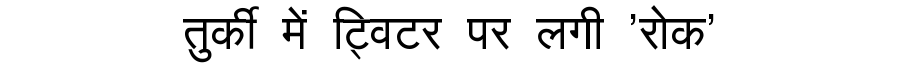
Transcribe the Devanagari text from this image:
तुर्की में ट्विटर पर लगी 'रोक'